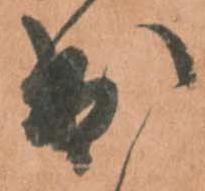
出